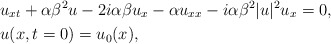
\begin{align*}&u_{xt}+\alpha\beta^2u-2i\alpha\beta u_x-\alpha u_{xx}-i\alpha\beta^2|u|^2u_x=0, \\&u(x,t=0)=u_0(x), \end{align*}